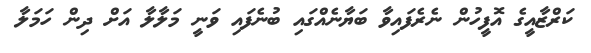
ކަރްޒާއީގެ އޮފީހުން ނެރެފައިވާ ބަޔާނެއްގައި ބުނެފައި ވަނީ މަލާލާ އަށް ދިން ހަމަލާ